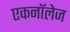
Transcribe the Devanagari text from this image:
एकनॉलेज